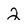
Character: 2